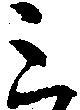
三